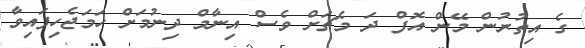
ގެ އިތުރުން މޭން އޮފް ދަ މެޗަށް ވެސް އިނާމް ދިނުމަށް ހަމަޖެހިފައިވާ